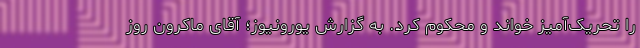
را تحریک‌آمیز خواند و محکوم کرد. به گزارش یورونیوز؛ آقای ماکرون روز